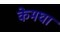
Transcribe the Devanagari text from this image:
केमघा